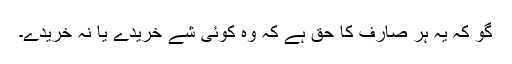
گو کہ یہ ہر صارف کا حق ہے کہ وہ کوئی شے خریدے یا نہ خریدے۔